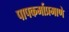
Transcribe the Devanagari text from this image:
पापकर्माप्रमाणे